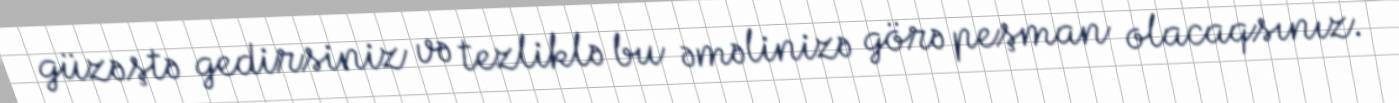
güzəştə gedirsiniz və tezliklə bu əməlinizə görə peşman olacaqsınız.